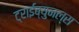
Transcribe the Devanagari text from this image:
ट्राईब्युनल्स